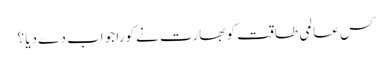
کس عالمی طاقت کو بھارت نے کورا جواب دے دیا ؟